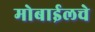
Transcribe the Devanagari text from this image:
मोबाईलचे